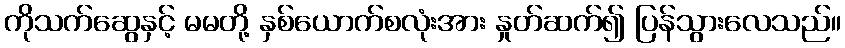
ကိုသက်ဆွေနှင့် မမတို့ နှစ်ယောက်စလုံးအား နှုတ်ဆက်၍ ပြန်သွားလေသည်။